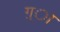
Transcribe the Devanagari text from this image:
ग़्ा